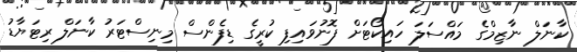
ކާނަލް ނާޒިމްގެ މައްސަލަ ހައިކޯޓަށް ފޮނުވައިފި ކުރީގެ ޑިފެންސް މިނިސްޓަރު ކާނަލް ރިޓަޔާޑު